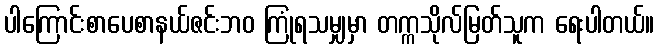
ပါကြောင်းစာပေစာနယ်ဇင်းဘဝ ကြုံရသမျှမှာ တက္ကသိုလ်မြတ်သူက ရေးပါတယ်။